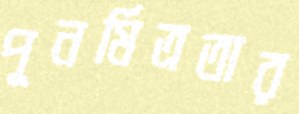
পুনর্মিত্রতার